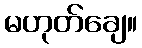
မဟုတ်ချေ။